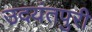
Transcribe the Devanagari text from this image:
उदयंतपुरी